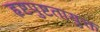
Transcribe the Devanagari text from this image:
हृष्टपुष्टतायुक्त